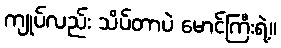
ကျုပ်လည်း သိပ်တာပဲ မောင်ကြီးရဲ့။